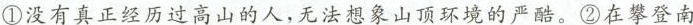
①没有真正经历过高山的人，无法想象山顶环境的严酷。②在攀登南